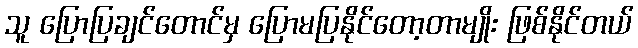
သူ ပြောပြချင်တောင်မှ ပြောမပြနိုင်တော့တာမျိုး ဖြစ်နိုင်တယ်